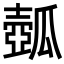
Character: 𤬗